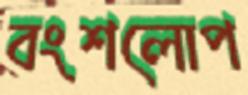
বংশলোপ